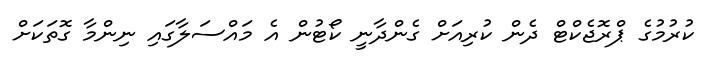
ކުރުމުގެ ޕްރޮޖެކްޓް ދެން ކުރިއަށް ގެންދާނީ ކޯޓުން އެ މައްސަލާގައި ނިންމާ ގޮތަކަށް